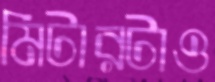
মিটারটাও